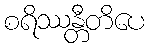
စရိဿန္တီတိပေ